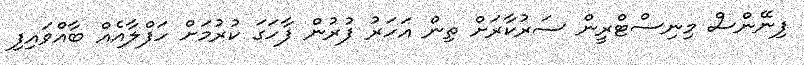
ފިނޭންސް މިނިސްޓްރީން ސަރުކާރަށް ތިން އަހަރު ފުރުން ފާހަގަ ކުރުމަށް ހަފްލާއެއް ބާއްވައިފި